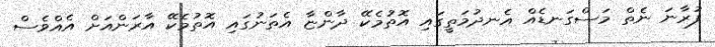
ފުރާނަ ނެތް މަސްގަނޑެއް އެނދުމަތީގައި އޮތުމެކޭ ދާންޏާ އެތަނުގައި އޮތުމެކޭ އާރަންއަށް އެއްވެސް